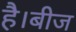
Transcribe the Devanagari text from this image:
है।बीज